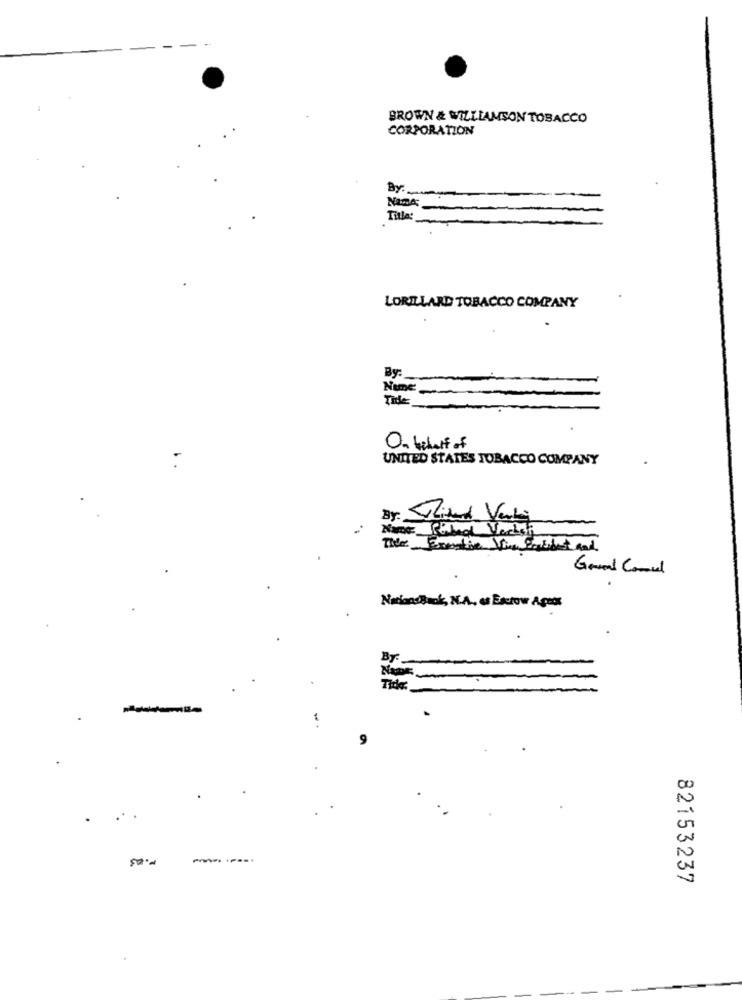
BROWN & WILLIAMSON TOBACCO
CORPORATION
By:
Title:
LORILLARD TOBACCO COMPANY
By:
Name:
Tife
On behalf of
UNITED STATES TOBACCO COMPANY
By: lidad Verdi
The Executive Vice Bordet and
Geral Comed
NationsBack, N.A ., es Escrow Apaix
By:
NADE
Tide:
...
1.03
82153237